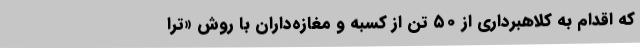
که اقدام به کلاهبرداری از ۵۰ تن از کسبه و مغازه‌داران با روش «ترا